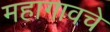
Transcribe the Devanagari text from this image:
महागावचे